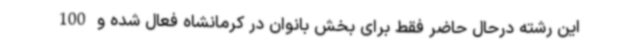
این رشته درحال حاضر فقط برای بخش بانوان در کرمانشاه فعال شده و 100